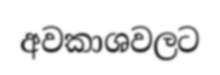
අවකාශවලට